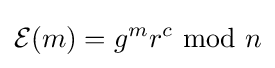
{\mathcal {E}}(m)=g^{m}r^{c}\;{\bmod {\;}}n